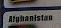
afghanistan